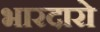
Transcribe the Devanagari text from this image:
भारदारो